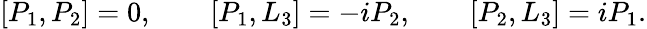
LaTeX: \left[P_{1},P_{2}\right]=0,\qquad\left[P_{1},L_{3}\right]=-iP_{2},\qquad\left[P_{2},L_{3}\right]=iP_{1}.